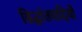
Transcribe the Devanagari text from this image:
सिद्धांतवादियों